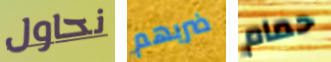
نحاول ضربهم حمام